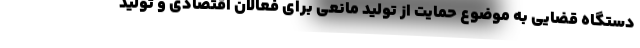
دستگاه قضایی به موضوع حمایت از تولید مانعی برای فعالان اقتصادی و تولید